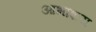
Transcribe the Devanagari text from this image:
आभाशय